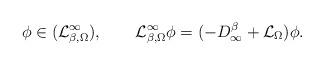
LaTeX: \begin{align*}\phi\in (\mathcal L_{\beta,\Omega}^\infty),\quad\quad\mathcal L_{\beta,\Omega}^\infty\phi= (-D^\beta_{\infty}+\mathcal L_\Omega)\phi.\end{align*}